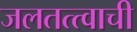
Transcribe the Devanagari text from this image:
जलतत्त्वाची